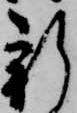
新